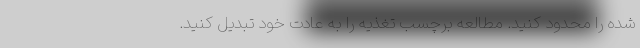
شده را محدود کنید. مطالعه برچسب تغذیه را به عادت خود تبدیل کنید.